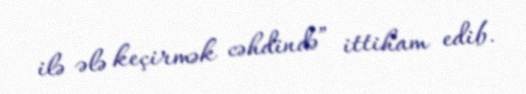
ilə ələ keçirmək cəhdində” ittiham edib.